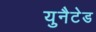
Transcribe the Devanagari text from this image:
युनैटेड